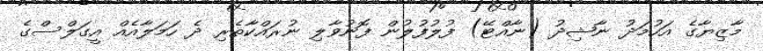
މާޒިޔާގެ އަހުމަދު ނާޝިދު (ނާއްޓޭ) ފުލުފުލުން ފޮނުވާލި ނުރައްކާތެރި ދެ ހަމަލާއެއް އީގަލްސްގެ